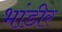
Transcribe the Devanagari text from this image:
भांडीर